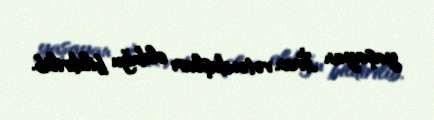
yaşayan İran vətəndaşları olduğu bildirilib.